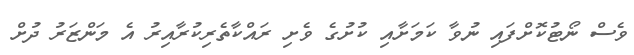
ވެސް ނޯޓުކޮށްފައި ނުވާ ކަމަށާއި ކުށުގެ ވެށި ރައްކާތެރިކުރާއިރު އެ މަންޒަރު ދުށް